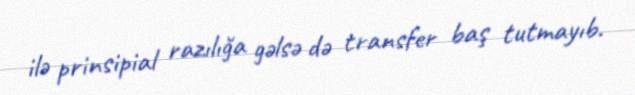
ilə prinsipial razılığa gəlsə də transfer baş tutmayıb.